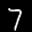
Label: 7